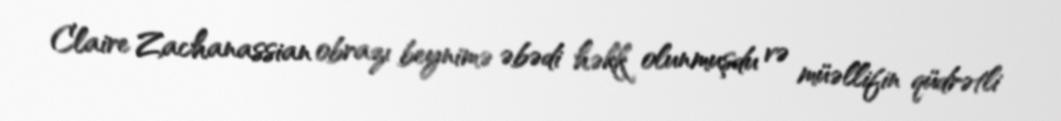
Claire Zachanassian obrazı beynimə əbədi həkk olunmuşdu və müəllifin qüdrətli